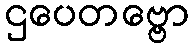
ဌပေတဗ္ဗော